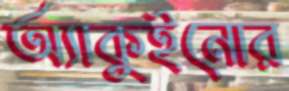
অ্যাকুইনোর